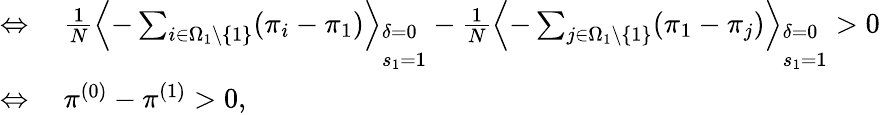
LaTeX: \begin{array}{rl}{\Leftrightarrow}&{{}~\frac{1}{N}\left\langle-\sum_{i\in\Omega_{1}\backslash\{ 1\} }(\pi_{i}-\pi_{1})\right\rangle_{\begin{array}{l}{\delta=0}\\ {s_{1}=1}\end{array}}-\frac{1}{N}\left\langle-\sum_{j\in\Omega_{1}\backslash\{ 1\} }(\pi_{1}-\pi_{j})\right\rangle_{\begin{array}{l}{\delta=0}\\ {s_{1}=1}\end{array}}>0}\\ {\Leftrightarrow}&{{}~\pi^{(0)}-\pi^{(1)}>0,}\end{array}